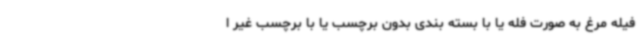
فیله مرغ به صورت فله یا با بسته بندی بدون برچسب یا با برچسب غیر ا